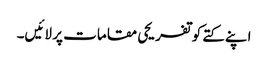
اپنے کتے کو تفریحی مقامات پر لائیں۔